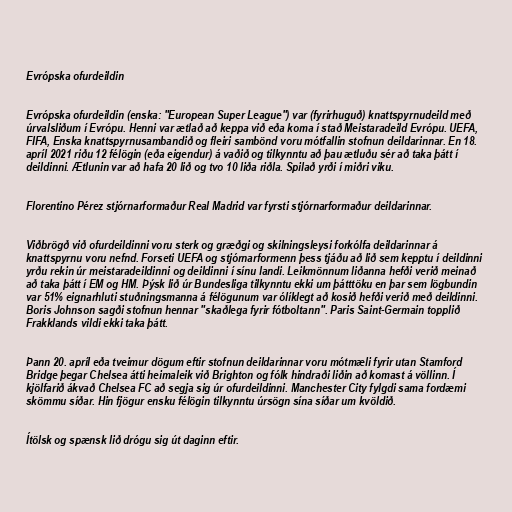
Evrópska ofurdeildin

Evrópska ofurdeildin (enska: "European Super League") var (fyrirhuguð) knattspyrnudeild með
úrvalsliðum í Evrópu. Henni var ætlað að keppa við eða koma í stað Meistaradeild Evrópu. UEFA,
FIFA, Enska knattspyrnusambandið og fleiri sambönd voru mótfallin stofnun deildarinnar. En 18.
apríl 2021 riðu 12 félögin (eða eigendur) á vaðið og tilkynntu að þau ætluðu sér að taka þátt í
deildinni. Ætlunin var að hafa 20 lið og tvo 10 liða riðla. Spilað yrði í miðri viku.

Florentino Pérez stjórnarformaður Real Madrid var fyrsti stjórnarformaður deildarinnar.

Viðbrögð við ofurdeildinni voru sterk og græðgi og skilningsleysi forkólfa deildarinnar á
knattspyrnu voru nefnd. Forseti UEFA og stjórnarformenn þess tjáðu að lið sem kepptu í deildinni
yrðu rekin úr meistaradeildinni og deildinni í sínu landi. Leikmönnum liðanna hefði verið meinað
að taka þátt í EM og HM. Þýsk lið úr Bundesliga tilkynntu ekki um þátttöku en þar sem lögbundin
var 51% eignarhluti stuðningsmanna á félögunum var ólíklegt að kosið hefði verið með deildinni.
Boris Johnson sagði stofnun hennar "skaðlega fyrir fótboltann". Paris Saint-Germain topplið
Frakklands vildi ekki taka þátt.

Þann 20. apríl eða tveimur dögum eftir stofnun deildarinnar voru mótmæli fyrir utan Stamford
Bridge þegar Chelsea átti heimaleik við Brighton og fólk hindraði liðin að komast á völlinn. Í
kjölfarið ákvað Chelsea FC að segja sig úr ofurdeildinni. Manchester City fylgdi sama fordæmi
skömmu síðar. Hin fjögur ensku félögin tilkynntu úrsögn sína síðar um kvöldið.

Ítölsk og spænsk lið drógu sig út daginn eftir.